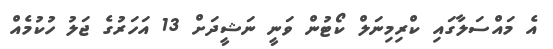
އެ މައްސަލާގައި ކްރިމިނަލް ކޯޓުން ވަނީ ނަޝީދަށް 13 އަހަރުގެ ޖަލު ހުކުމެއް